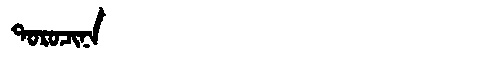
Manchu: ᡨᠣᡵᠣᠴᡳᠨᠠ
Romanization: TOROCINA